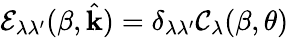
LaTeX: \mathcal{E}_{\lambda\lambda^{\prime}}(\beta,\hat{\mathbf{k}})=\delta_{\lambda\lambda^{\prime}}\mathcal{C}_{\lambda}(\beta,\theta)